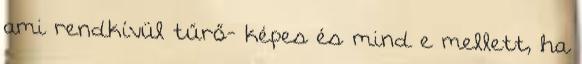
ami rendkívül tűrő- képes és mind e mellett, ha